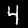
Label: 4